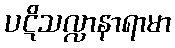
ပဋိသလ္လာနာရာမာ